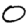
Digit: 0